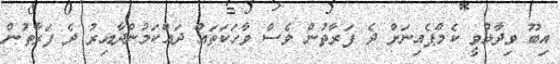
އިބޫ ވިދާޅުވީ ކެމްޕެއިނަށް ދެ ފަރާތުން ވެސް ވާހަކަތައް ދައްކަމުންދާއިރު ދެ ފަރާތުން